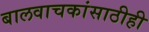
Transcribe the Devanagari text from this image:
बालवाचकांसाठीही